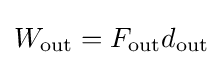
W_{\text{out}}=F_{\text{out}}d_{\text{out}}